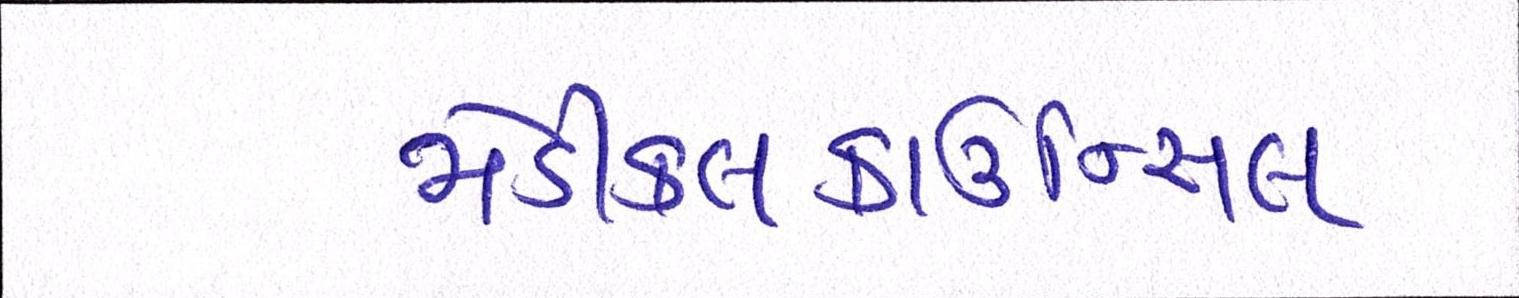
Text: મેડીકલકાઉન્સિલ